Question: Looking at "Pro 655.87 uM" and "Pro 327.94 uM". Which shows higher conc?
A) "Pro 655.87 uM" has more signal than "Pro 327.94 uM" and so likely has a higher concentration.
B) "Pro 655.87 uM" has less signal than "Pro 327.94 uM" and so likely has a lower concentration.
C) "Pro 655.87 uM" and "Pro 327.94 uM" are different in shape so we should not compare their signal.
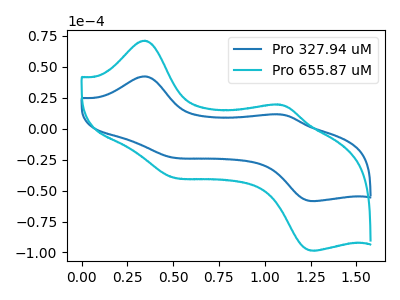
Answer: <think>The blue curve "Pro 327.94 uM" has anodic peaks at (0.35V, 42.15uA) (1.05V, 11.55uA) and cathodic peaks at (0.50V, -22.80uA) (1.25V, -58.40uA). The cyan curve "Pro 655.87 uM" has anodic peaks at (0.35V, 70.95uA) (1.05V, 19.40uA) and cathodic peaks at (0.50V, -38.40uA) (1.25V, -98.35uA).
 All the peaks in "Pro 655.87 uM" have a peak in "Pro 327.94 uM" at the same potential. Every peak in "Pro 655.87 uM" is higher than every peak in "Pro 327.94 uM".</think>
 <answer>A) "Pro 655.87 uM" has more signal than "Pro 327.94 uM" and so likely has a higher concentration.</answer>
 <eval>A</eval>